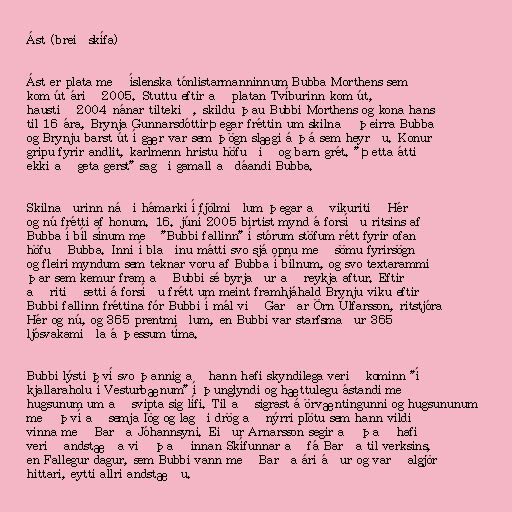
Ást (breiðskífa)

Ást er plata með íslenska tónlistarmanninnum Bubba Morthens sem
kom út árið 2005. Stuttu eftir að platan Tvíburinn kom út,
haustið 2004 nánar tiltekið, skildu þau Bubbi Morthens og kona hans
til 16 ára, Brynja GunnarsdóttirÞegar fréttin um skilnað þeirra Bubba
og Brynju barst út í gær var sem þögn slægi á þá sem heyrðu. Konur
gripu fyrir andlit, karlmenn hristu höfuðið og barn grét. "Þetta átti
ekki að geta gerst" sagði gamall aðdáandi Bubba.

Skilnaðurinn náði hámarki í fjölmiðlum þegar að vikuritið Hér
og nú frétti af honum. 16. júní 2005 birtist mynd á forsíðu ritsins af
Bubba í bíl sínum með "Bubbi fallinn" í stórum stöfum rétt fyrir ofan
höfuð Bubba. Inni í blaðinu mátti svo sjá opnu með sömu fyrirsögn
og fleiri myndum sem teknar voru af Bubba í bílnum, og svo textarammi
þar sem kemur fram að Bubbi sé byrjaður að reykja aftur. Eftir
að ritið setti á forsíðu frétt um meint framhjáhald Brynju viku eftir
Bubbi fallinn fréttina fór Bubbi í mál við Garðar Örn Úlfarsson, ritstjóra
Hér og nú, og 365 prentmiðlum, en Bubbi var starfsmaður 365
ljósvakamiðla á þessum tíma.

Bubbi lýsti því svo þannig að hann hafi skyndilega verið kominn "í
kjallaraholu í Vesturbænum" í þunglyndi og hættulegu ástandi með
hugsunum um að svipta sig lífi. Til að sigrast á örvæntingunni og hugsununum
með því að semja lög og lagði drög að nýrri plötu sem hann vildi
vinna með Barða Jóhannsyni. Eiður Arnarsson segir að það hafi
verið andstæða við það innan Skífunnar að fá Barða til verksins,
en Fallegur dagur, sem Bubbi vann með Barða ári áður og varð algjör
hittari, eytti allri andstæðu.